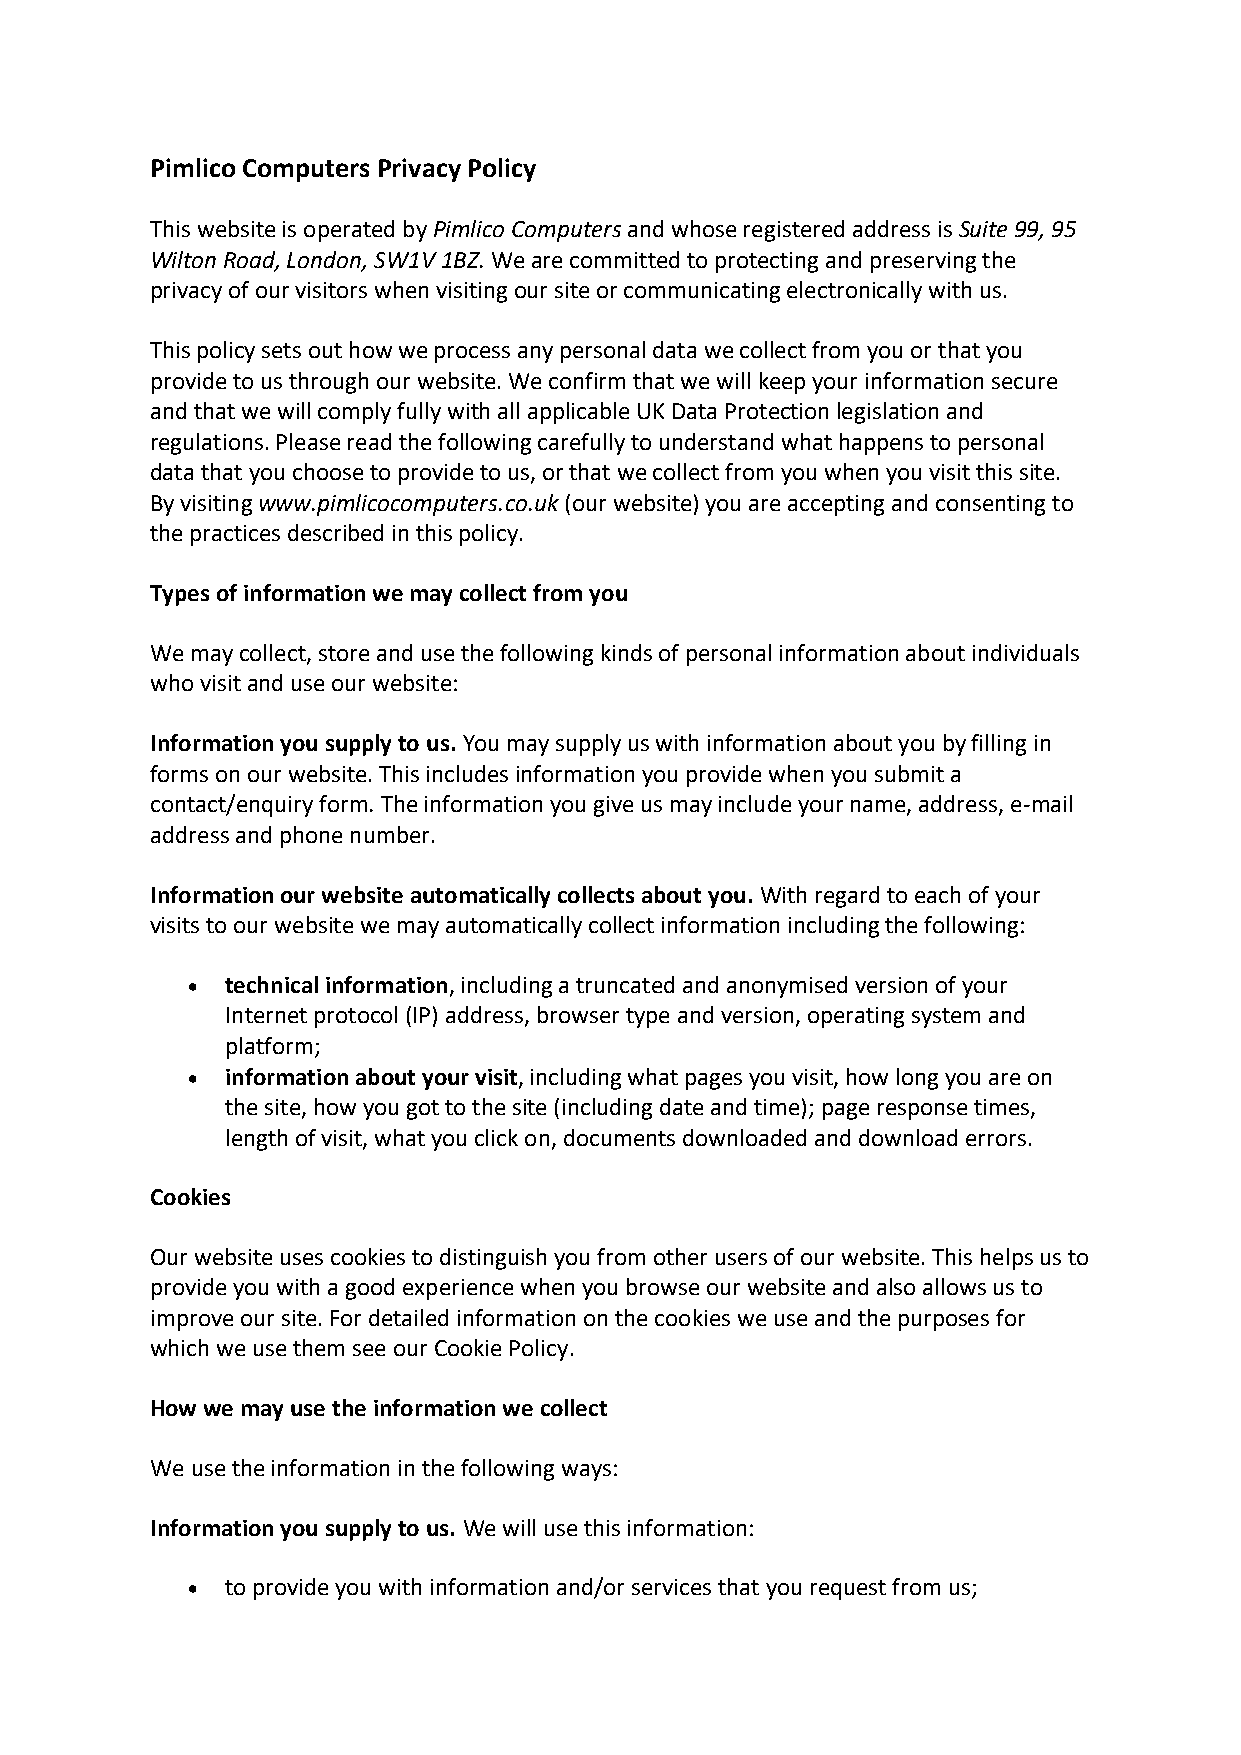
Pimlico Computers Privacy Policy
 This website is operated by Pimlico Computers and whose registered address is Suite 99, 95
 Wilton Road, London, SW1V 1BZ. We are committed to protecting and preserving the
 privacy of our visitors when visiting our site or communicating electronically with us.
 This policy sets out how we process any personal data we collect from you or that you
 provide to us through our website. We confirm that we will keep your information secure
 and that we will comply fully with all applicable UK Data Protection legislation and
 regulations. Please read the following carefully to understand what happens to personal
 data that you choose to provide to us, or that we collect from you when you visit this site.
 By visiting www.pimlicocomputers.co.uk (our website) you are accepting and consenting to
 the practices described in this policy.
 Types of information we may collect from you
 We may collect, store and use the following kinds of personal information about individuals
 who visit and use our website:
 Information you supply to us. You may supply us with information about you by filling in
 forms on our website. This includes information you provide when you submit a
 contact/enquiry form. The information you give us may include your name, address, e-mail
 address and phone number.
 Information our website automatically collects about you. With regard to each of your
 visits to our website we may automatically collect information including the following:
 •  technical information, including a truncated and anonymised version of your
 Internet protocol (IP) address, browser type and version, operating system and
 platform;
 •  information about your visit, including what pages you visit, how long you are on
 the site, how you got to the site (including date and time); page response times,
 length of visit, what you click on, documents downloaded and download errors.
 Cookies
 Our website uses cookies to distinguish you from other users of our website. This helps us to
 provide you with a good experience when you browse our website and also allows us to
 improve our site. For detailed information on the cookies we use and the purposes for
 which we use them see our Cookie Policy.
 How we may use the information we collect
 We use the information in the following ways:
 Information you supply to us. We will use this information:
 •  to provide you with information and/or services that you request from us;